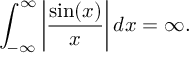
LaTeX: \int _ { - \infty } ^ { \infty } \left| { \frac { \sin ( x ) } { x } } \right| d x = \infty .